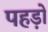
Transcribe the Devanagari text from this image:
पहड़ों